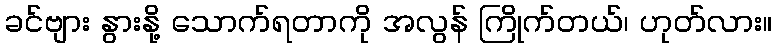
ခင်ဗျား နွားနို့ သောက်ရတာကို အလွန် ကြိုက်တယ်၊ ဟုတ်လား။